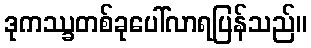
ဒုကဿ္ခတစ်ခုပေါ်လာရပြန်သည်။